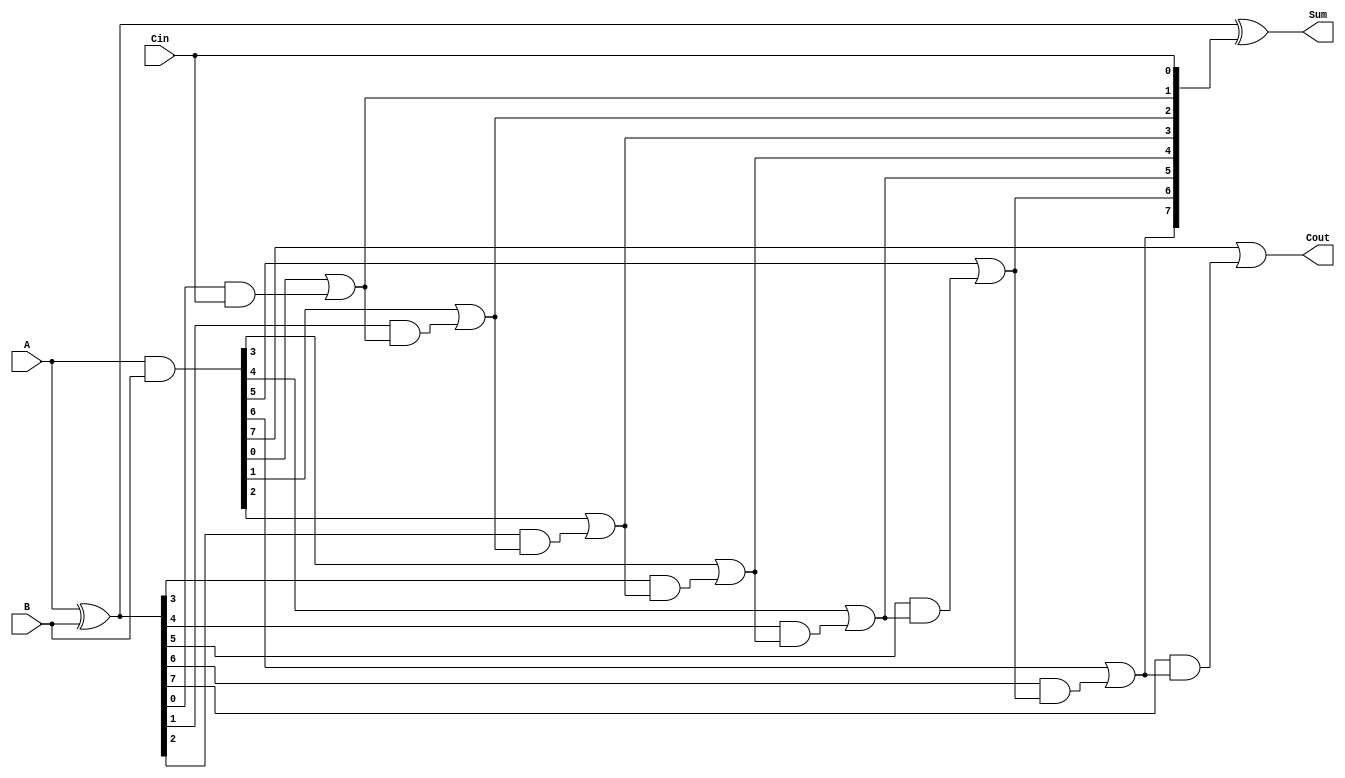
module ManchesterCarryChainAdder #(parameter n = 8) (
    input  [n-1:0] A,    // First n-bit input
    input  [n-1:0] B,    // Second n-bit input
    input          Cin,   // Carry-in
    output [n-1:0] Sum,   // n-bit Sum output
    output         Cout    // Carry-out
);

    // Generate and Propagate signals
    wire [n-1:0] G; // Generate signals
    wire [n-1:0] P; // Propagate signals
    wire [n:0] C;   // Carry signals (C[0] is Cin)

    // Generate and Propagate logic
    assign G = A & B;          // G[i] = A[i] & B[i]
    assign P = A ^ B;          // P[i] = A[i] ^ B[i]

    // Carry chain logic
    assign C[0] = Cin;         // Initial carry is Cin
    genvar i;
    generate
        for (i = 0; i < n; i = i + 1) begin : carry_chain
            assign C[i + 1] = G[i] | (P[i] & C[i]); // C[i+1] = G[i] | (P[i] & C[i])
        end
    endgenerate

    // Sum calculation
    assign Sum = P ^ C[n-1:0]; // Sum[i] = P[i] ^ C[i]

    // Carry-out
    assign Cout = C[n];        // Cout is the last carry

endmodule